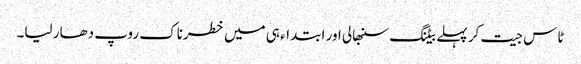
ٹاس جیت کر پہلے بیٹنگ سنبھالی اور ابتداء ہی میں خطرناک روپ دھار لیا۔